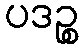
ပဒဉ္စ